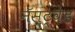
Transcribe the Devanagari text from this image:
नॅस्ट्वेड